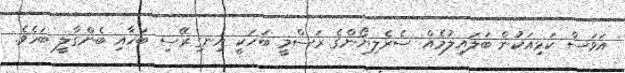
އަވަސް ކަޅިއަކުން ބަލައިލުމެއް ސެރެލިޔޯންގެ ރަސްމީ ބަހަކީ އިނގިރޭސި ބަހާއި ބެންގާލީ ބަހެވެ.